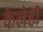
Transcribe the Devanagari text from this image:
केलेही